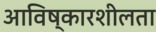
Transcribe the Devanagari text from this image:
आविष्कारशीलता